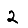
Digit: 2